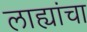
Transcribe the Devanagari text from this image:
लाह्यांचा